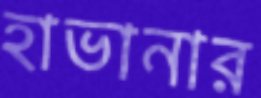
হাভানার